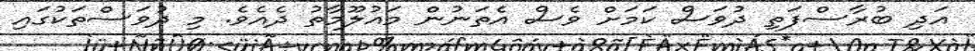
އަދި ބުރާސްފަތި ދުވަސް ކަމަށް ވެސް އެތަނުން މައުލޫމާތު ދެއެވެ. މި ދުވަސްތަކުގައި